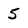
Character: 5